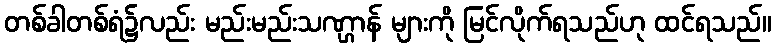
တစ်ခါတစ်ရံ၌လည်း မည်းမည်းသဏ္ဌာန် များကို မြင်လိုက်ရသည်ဟု ထင်ရသည်။